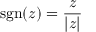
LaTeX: \operatorname { s g n } ( z ) = { \frac { z } { | z | } }